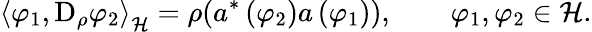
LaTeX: \left\langle\varphi_{1},\mathrm{D}_{\rho}\varphi_{2}\right\rangle_{\mathcal{H}}=\rho(a^{\ast}\left(\varphi_{2}\right)a\left(\varphi_{1}\right)),\qquad\varphi_{1},\varphi_{2}\in\mathcal{H}.